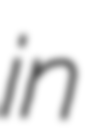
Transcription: in